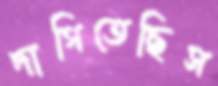
দাগিতেছিস